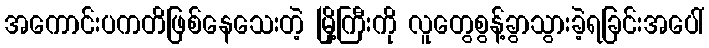
အကောင်းပကတိဖြစ်နေသေးတဲ့ မြို့ကြီးကို လူတွေစွန့်ခွာသွားခဲ့ရခြင်းအပေါ်